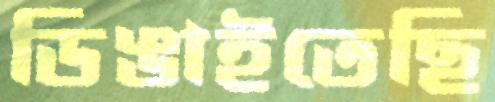
ডিঙাইতেছি